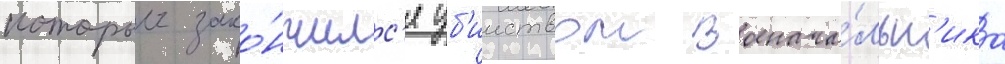
которыи зако́нчилс'я уб'ииством военача́льн'ика